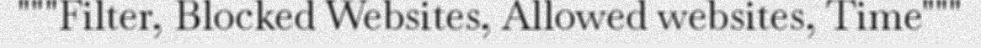
"""Filter, Blocked Websites, Allowed websites, Time"""